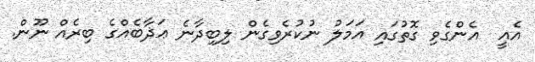
އެއީ  އެންގެވި ގޮތުގައި އަމަލު ނުކުރެވިގެން ލިބިދާނެ ޢަޛާބެއްގެ ބިރެއް ނޫން.